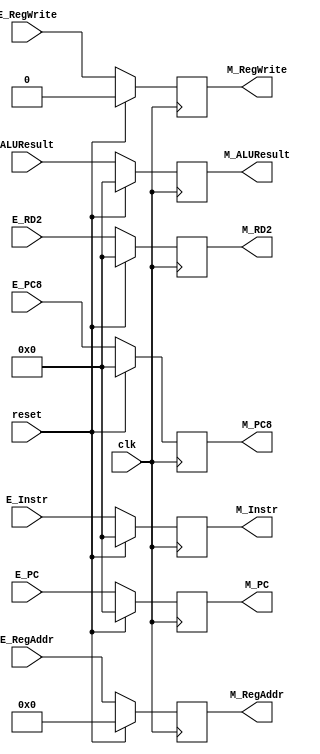
`timescale 1ns / 1ps
module M_register (
    input [31:0] E_Instr,
    input [31:0] E_PC,
    input [31:0] E_PC8,
    input [31:0] ALUResult,
    input [31:0] E_RD2,
    input [4:0] E_RegAddr,
    input E_RegWrite,
    input clk,
    input reset,
    output [31:0] M_Instr,
    output [31:0] M_PC,
    output [31:0] M_PC8,
    output [31:0] M_ALUResult,
    output [31:0] M_RD2,
    output [4:0] M_RegAddr,
    output M_RegWrite);

    reg [31:0] instr, pc, pc8, aluresult, rd2;
    reg [4:0] regaddr;
    reg regwrite;
    
    initial begin
      instr = 0;
      pc = 0;
      pc8 = 0;
      aluresult = 0;
      rd2 = 0;
      regaddr = 0;
      regwrite = 0;    
    end

    always @(posedge clk) begin
        if(reset == 1)begin
            instr <= 0;
            pc <= 0;
            pc8 <= 0;
            aluresult <= 0;
            rd2 <= 0;
            regaddr <= 0;
            regwrite <= 0;
        end    
        else begin
            instr <= E_Instr;
            pc <= E_PC;
            pc8 <= E_PC8;
            aluresult <= ALUResult;
            rd2 <= E_RD2;
            regaddr <= E_RegAddr;
            regwrite <= E_RegWrite;
        end    
    end

    assign M_Instr = instr;
    assign M_PC = pc;
    assign M_PC8 = pc8;
    assign M_ALUResult = aluresult;
    assign M_RD2 = rd2;
    assign M_RegAddr = regaddr;
    assign M_RegWrite = regwrite;
endmodule